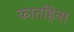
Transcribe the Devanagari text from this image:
कार्ताहेना